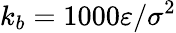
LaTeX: k_{b}=1000\varepsilon/\sigma^{2}